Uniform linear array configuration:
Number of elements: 4
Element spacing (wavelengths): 0.5
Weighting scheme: exponential
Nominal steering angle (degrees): -45
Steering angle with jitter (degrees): -44.478
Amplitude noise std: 0.05
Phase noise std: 0.05

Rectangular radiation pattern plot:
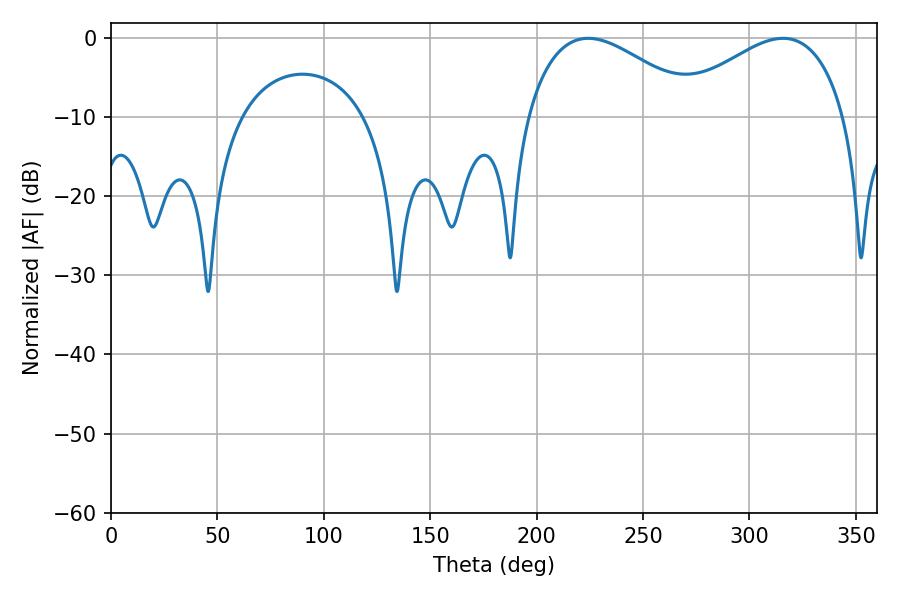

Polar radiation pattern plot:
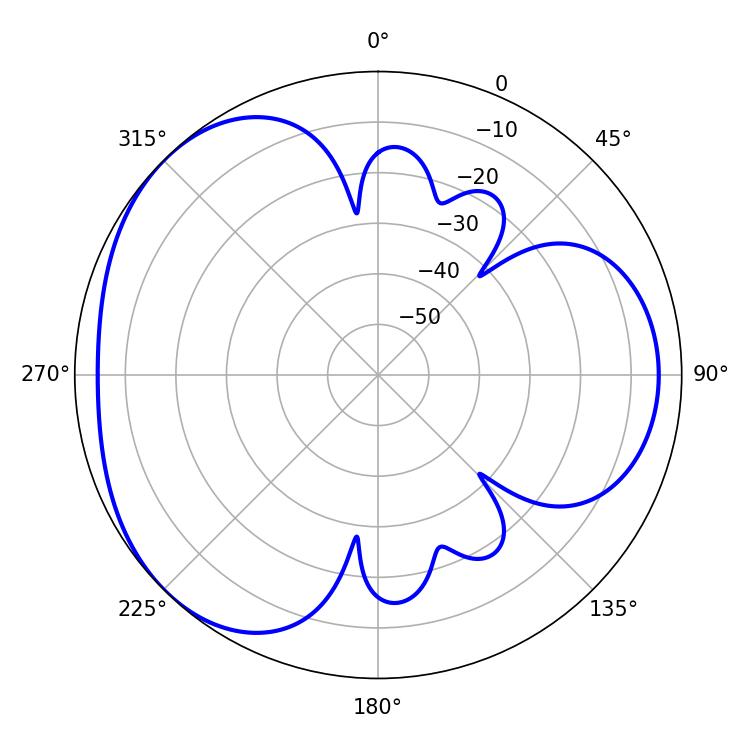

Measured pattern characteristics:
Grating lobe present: FALSE
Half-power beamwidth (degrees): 44.46
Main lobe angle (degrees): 224.28